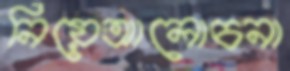
নিয়েআলোচনা